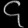
Digit: ၄